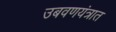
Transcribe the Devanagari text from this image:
उबवणयंत्रात